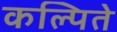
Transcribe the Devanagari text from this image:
कल्पिते